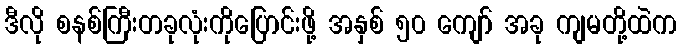
ဒီလို စနစ်ကြီးတခုလုံးကိုပြောင်းဖို့ အနှစ် ၅၀ ကျော် အခု ကျမတို့ထဲက